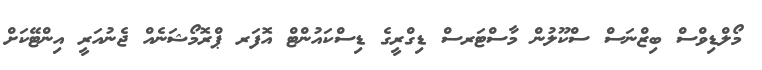
މޯލްޑިވްސް ބިޒްނަސް ސްކޫލުން މާސްޓަރސް ޑިގްރީގެ ޑިސްކައުންޓް އޮފަރ ޕްރޮމޯޝަނެއް ޖެނުއަރީ އިންޓޭކަށް